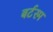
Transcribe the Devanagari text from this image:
बर्टरम